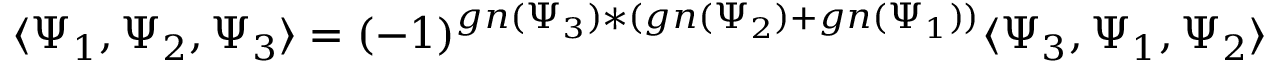
\langle \Psi _ { 1 } , \Psi _ { 2 } , \Psi _ { 3 } \rangle = ( - 1 ) ^ { g n ( \Psi _ { 3 } ) * ( g n ( \Psi _ { 2 } ) + g n ( \Psi _ { 1 } ) ) } \langle \Psi _ { 3 } , \Psi _ { 1 } , \Psi _ { 2 } \rangle